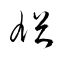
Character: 馗